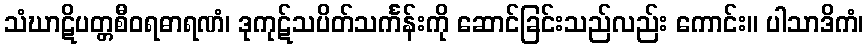
သံဃာဋိပတ္တစီဝရဓာရဏံ၊ ဒုကုဋ်သပိတ်သင်္ကန်းကို ဆောင်ခြင်းသည်လည်း ကောင်း။ ပါသာဒိကံ၊